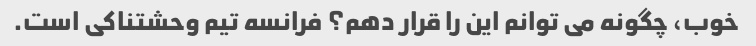
خوب، چگونه می توانم این را قرار دهم؟ فرانسه تیم وحشتناکی است.